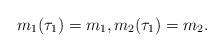
LaTeX: \begin{align*}m_{1}(\tau_{1})=m_{1},m_{2}(\tau_{1})=m_{2}.\end{align*}